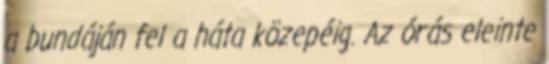
a bundáján fel a háta közepéig. Az órás eleinte